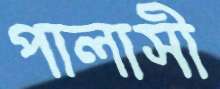
পালাসী